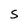
Character: S